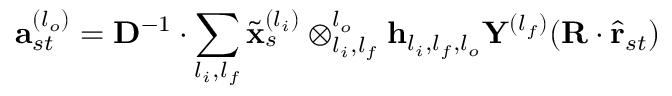
\mathbf { a } _ { s t } ^ { ( l _ { o } ) } = \mathbf { D } ^ { - 1 } \cdot \sum _ { l _ { i } , l _ { f } } \tilde { \mathbf { x } } _ { s } ^ { ( l _ { i } ) } \otimes _ { l _ { i } , l _ { f } } ^ { l _ { o } } \mathbf { h } _ { l _ { i } , l _ { f } , l _ { o } } \mathbf { Y } ^ { ( l _ { f } ) } ( \mathbf { R } \cdot \hat { \mathbf { r } } _ { s t } )